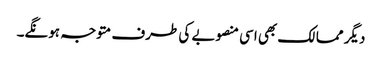
دیگر ممالک بھی اسی منصوبے کی طرف متوجہ ہونگے۔